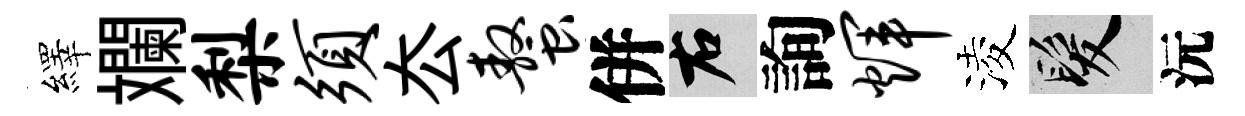
繹斕梨须厺螯併右詢辉淩髮沅